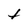
Character: t